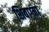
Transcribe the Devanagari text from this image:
शिवाग्मा